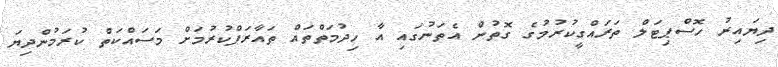
ދިޔައިރު ހޮސްޕިޓަލް ތަރައްގީކުރުމުގެ ގޮތުން އެތަނުގައި އާ ހިދުމަތްތައް ތައާރަފްކުރުމަށް މަސައްކަތް ކުރަމުންދިޔަ